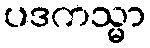
ပဒကသ္မာ